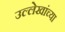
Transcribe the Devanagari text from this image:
उल्लेखांच्या